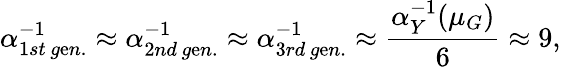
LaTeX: \alpha_{1st\, g\mathrm{e}n.}^{-1}\approx\alpha_{2nd\, g\mathrm{e}n.}^{-1}\approx\alpha_{3rd\, g\mathrm{e}n.}^{-1}\approx\frac{{\alpha_{Y}^{-1}(\mu_{G})}}{{6}}\approx9,